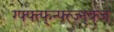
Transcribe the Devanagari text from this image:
ग्फ्फ्त्फ्न्फ्त्ज्न्क्ज